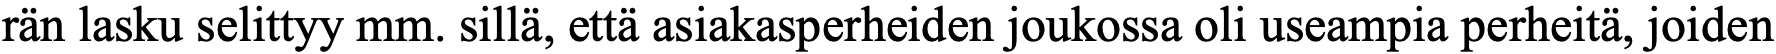
rän lasku selittyy mm. sillä, että asiakasperheiden joukossa oli useampia perheitä, joiden